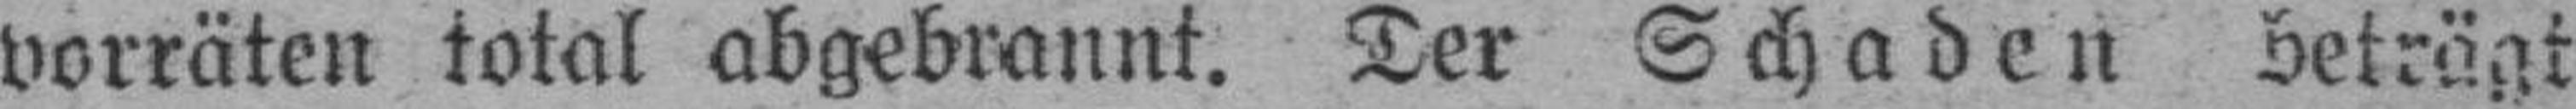
vorräten total abgebrannt. Der Schaden beträgt